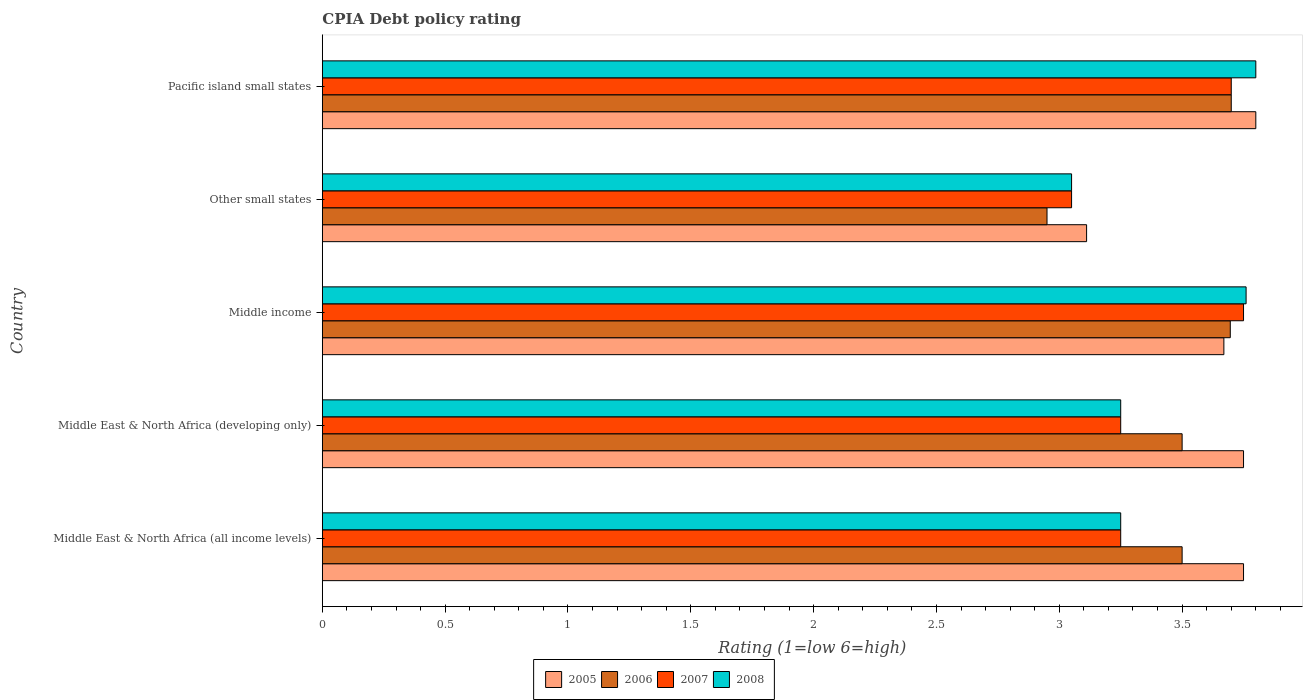
| Country | 2005 | 2006 | 2007 | 2008 |
 | --- | --- | --- | --- | --- |
 | Middle East & North Africa (all income levels) | 3.75 | 3.5 | 3.25 | 3.25 |
 | Middle East & North Africa (developing only) | 3.75 | 3.5 | 3.25 | 3.25 |
 | Middle income | 3.67 | 3.7 | 3.75 | 3.76 |
 | Other small states | 3.11 | 2.95 | 3.05 | 3.05 |
 | Pacific island small states | 3.8 | 3.7 | 3.7 | 3.8 |